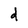
Character: d